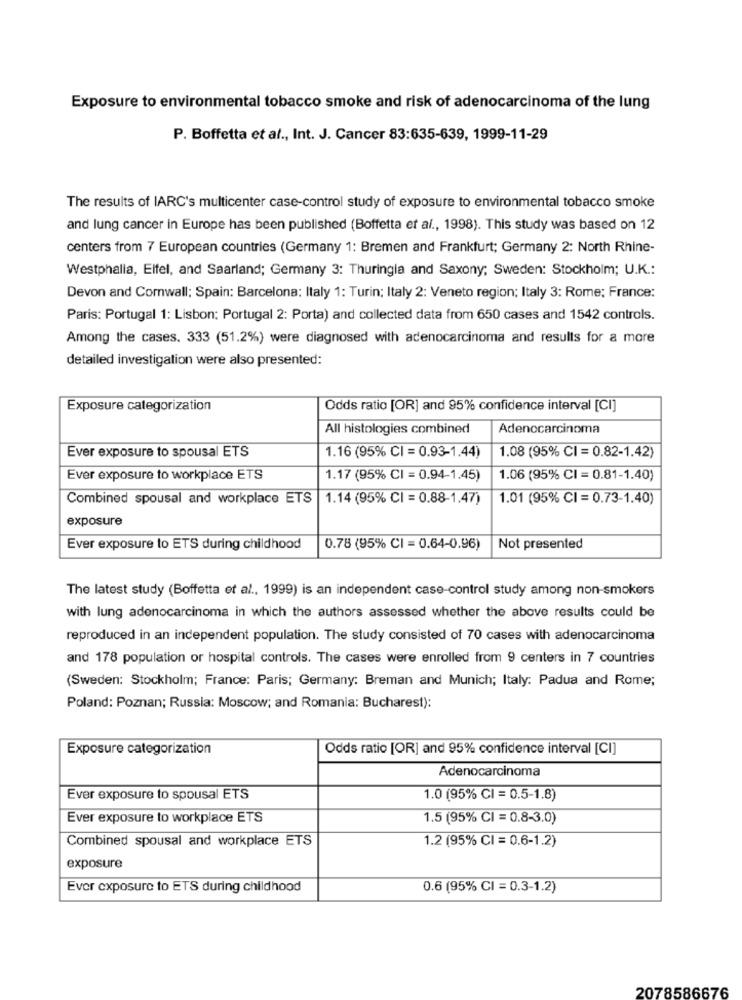
Exposure to environmental tobacco smoke and risk of adenocarcinoma of the lung
P. Boffetta et al ., Int. J. Cancer 83:635-639, 1999-11-29
The results of IARC's multicenter case-control study of exposure to environmental tobacco smoke
and lung cancer in Europe has been published (Boffetta et al ., 1998). This study was based on 12
centers from 7 European countries (Germany 1: Bremen and Frankfurt; Germany 2: North Rhine-
Westphalla, Eifel, and Saarland; Germany 3: Thuringia and Saxony; Sweden: Stockholm; U.K .:
Devon and Cornwall; Spain: Barcelona: Italy 1: Turin; Italy 2: Veneto region; Italy 3: Rome; France:
Paris: Portugal 1: Lisbon: Portugal 2: Porta) and collected data from 650 cases and 1542 controls.
Among the cases. 333 (51.2%) were diagnosed with adenocarcinoma and results for a more
detailed investigation were also presented:
Exposure categorization
Odds ratio [OR] and 95% confidence interval [CI]
All histologies combined
Adenocarcinoma
Ever exposure to spousal ETS
1.16 (95% CI = 0.93-1.44)
1.08 (95% CI = 0.82-1.42)
Ever exposure to workplace ETS
1.17 (95% CI = 0.94-1.45)
1.06 (95% CI = 0.81-1.40)
Combined spousal and workplace ETS
1.14 (95% CI = 0.88-1.47)
1.01 (95% CI = 0.73-1.40)
exposure
Ever exposure to ETS during childhood
0.78 (95% CI = 0.64-0.96)
Not presented
The latest study (Boffetta et al ., 1999) is an independent case-control study among non-smokers
with lung adenocarcinoma in which the authors assessed whether the above results could be
reproduced in an independent population. The study consisted of 70 cases with adenocarcinoma
and 178 population or hospital controls. The cases were enrolled from 9 centers in 7 countries
(Sweden: Stockholm; France: Paris; Germany: Breman and Munich; Italy: Padua and Rome;
Poland: Poznan; Russia: Moscow; and Romania: Bucharest):
Exposure categorization
Odds ratio [OR] and 95% confidence interval [CI]
Adenocarcinoma
Ever exposure to spousal ETS
1.0 (95% CI = 0.5-1.8)
Ever exposure to workplace ETS
1.5 (95% CI = 0.8-3.0)
Combined spousal and workplace ETS
1.2 (95% CI = 0.6-1.2)
exposure
Ever exposure to ETS during childhood
0.6 (95% CI = 0.3-1.2)
2078586676